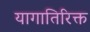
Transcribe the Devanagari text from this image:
यागातिरिक्त